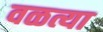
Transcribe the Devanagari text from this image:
वळत्या